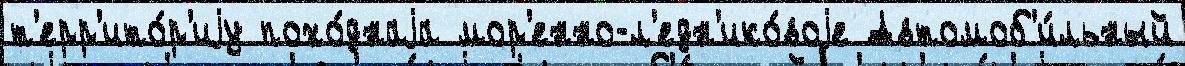
т'ерр'ито́р'иjу похо́днаjа мор'енно-л'едн'ико́воjе Автомоб'и́льный